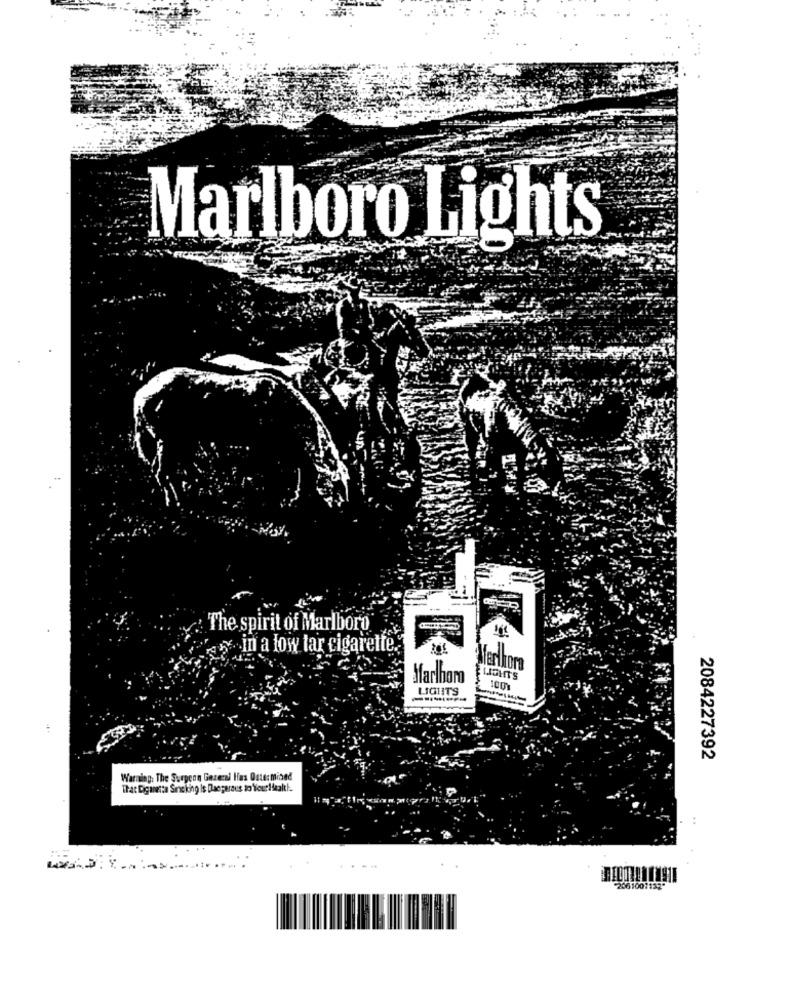
Marlboro Lights
. ...
--
: The spirit of Marlboro
in a low tar cigarette.
Marlkorn
Marlhomo
LaHT'S
LIGHTS
-------
2084227392
Warning. The Surgeon Gezerel Hus Outermined
That Cigaretta Sieling Is Dangerous to Viour Health.
2861001132